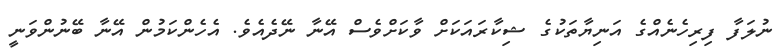
ނުލަފާ ފިރިހެނެއްގެ އަނިޔާތަކުގެ ޝިކާރައަކަށް ވާކަށްވެސް އޭނާ ނޭދެއެވެ. އެހެންކަމުން އޭނާ ބޭނުންވަނީ